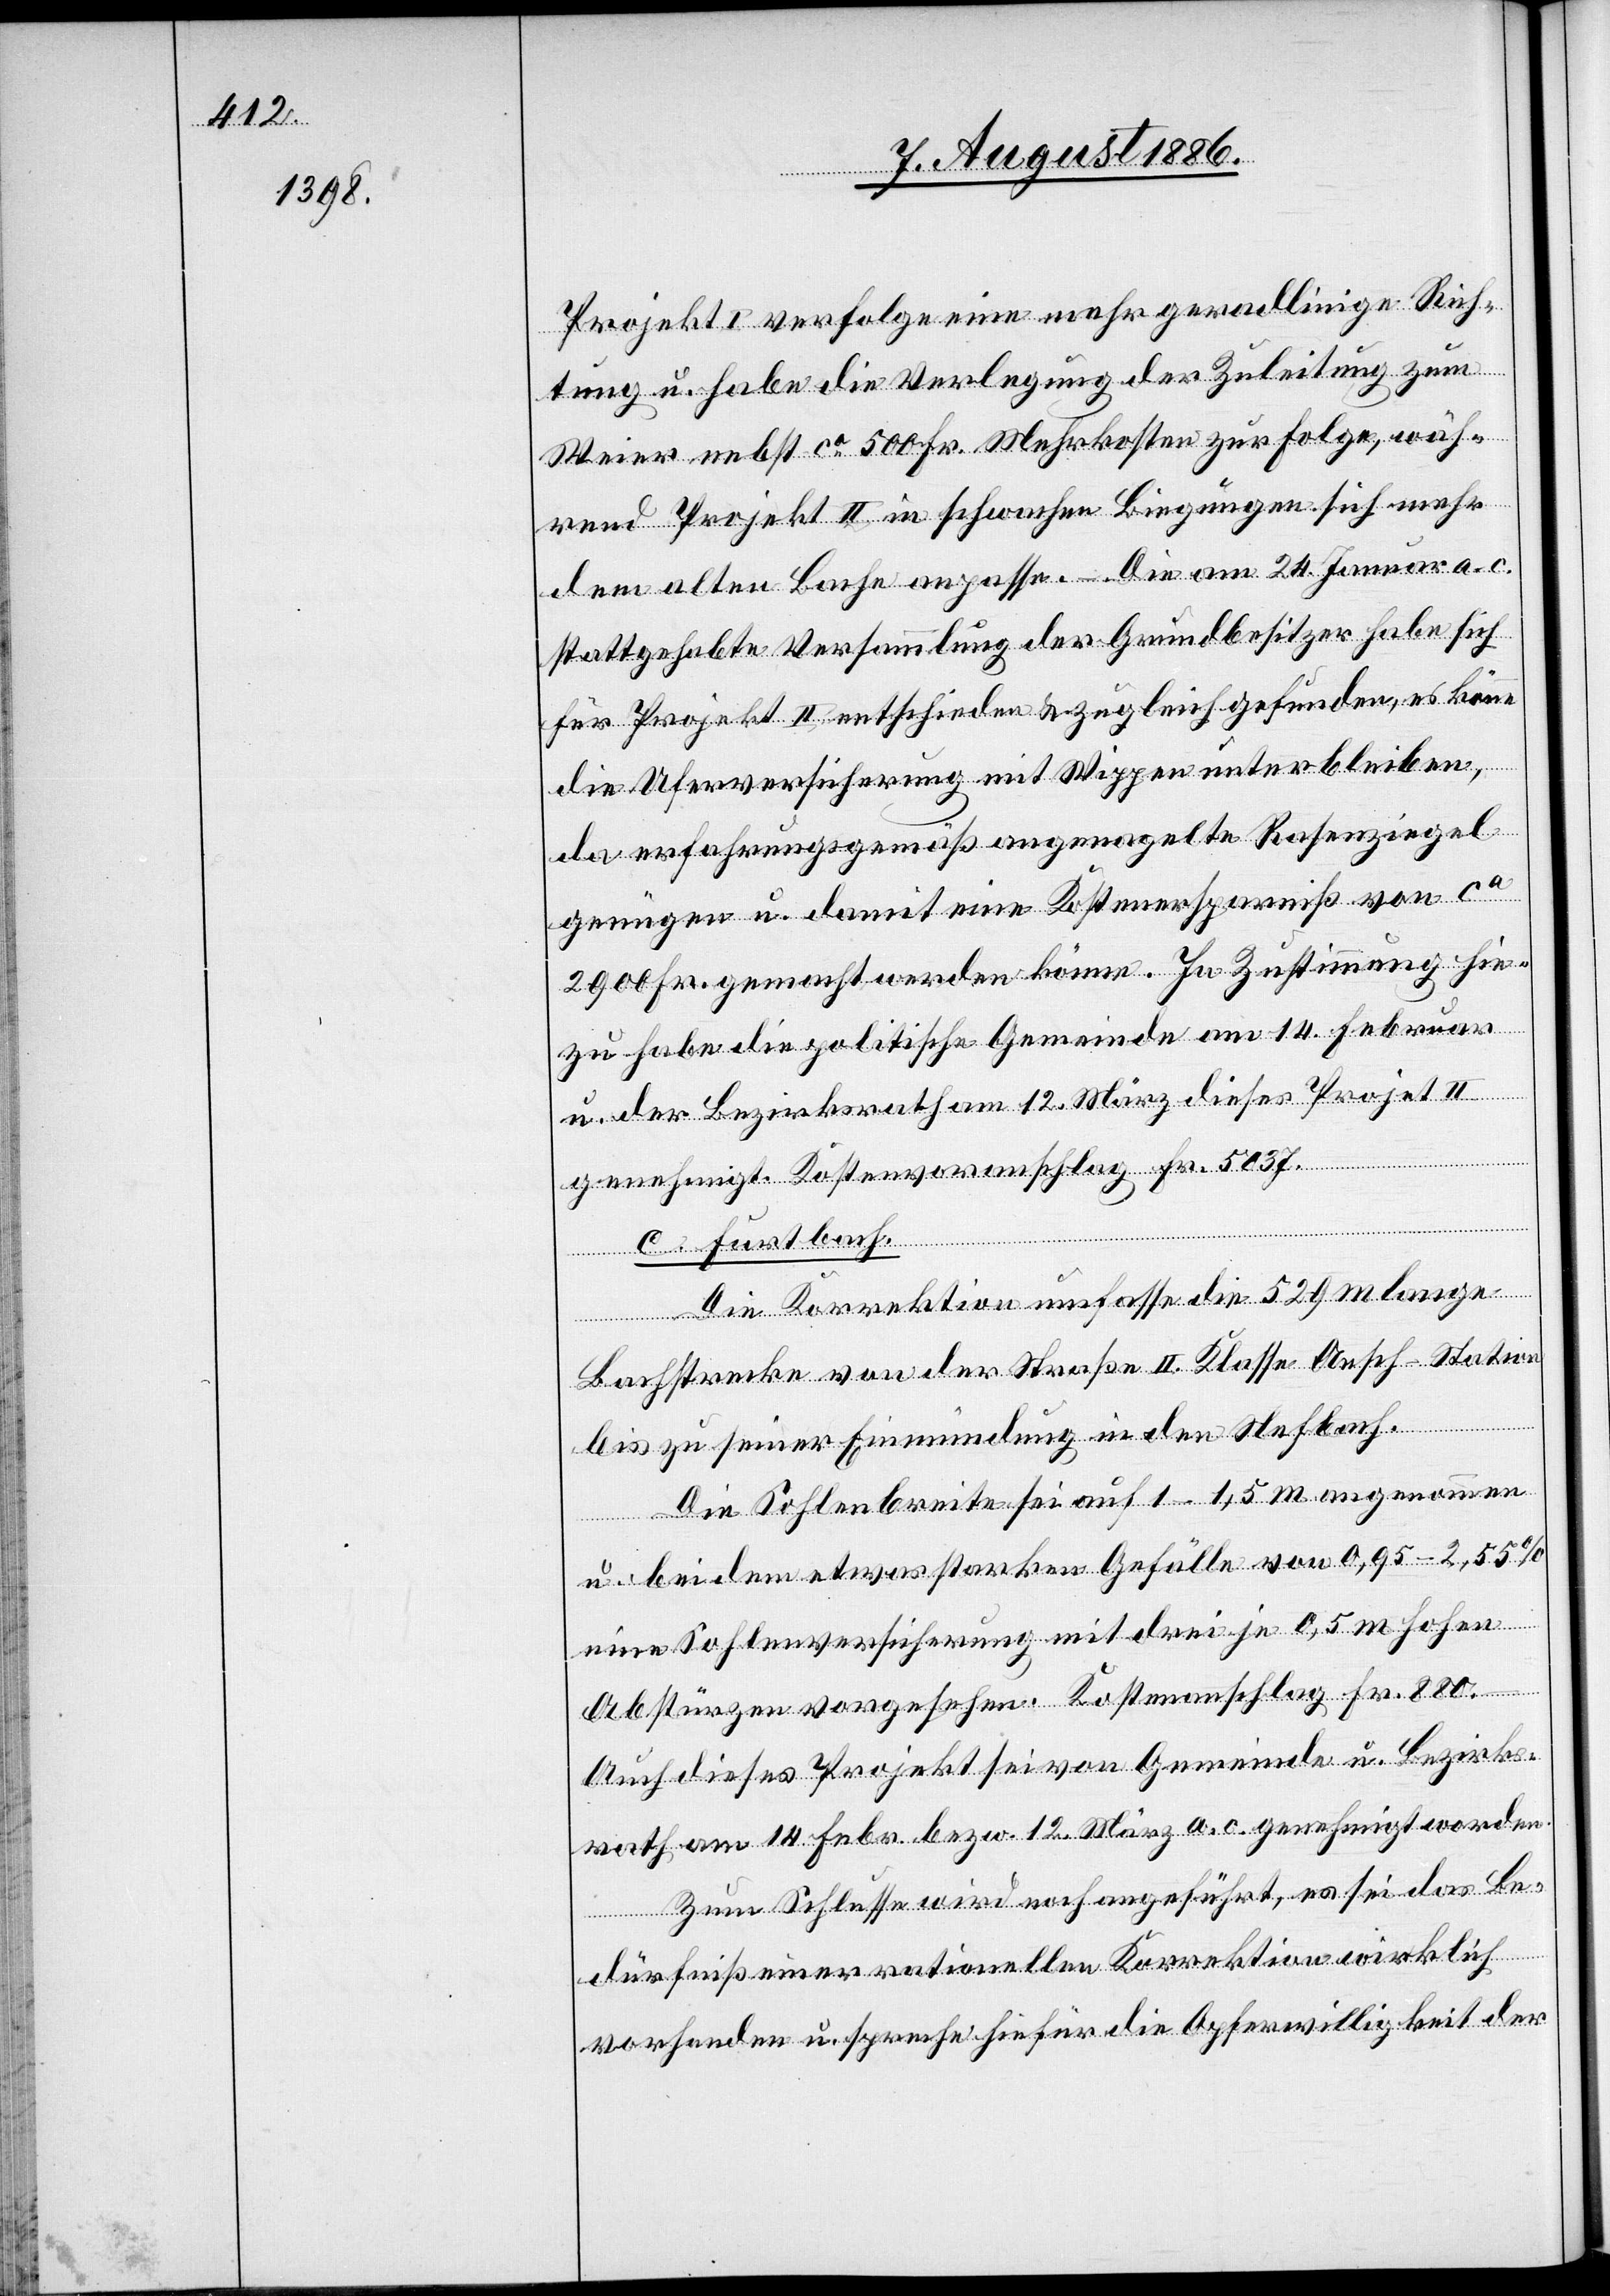
Projekt I verfolge eine mehr geradlinige Rich¬
tung u. habe die Verlegung der Zuleitung zum
Weier nebst ca 500 Fr. Mehrkosten zur Folge, wäh¬
rend Projekt II in schwachen Biegungen sich mehr
dem alten Bache anpasse. – Die am 24. Januar a. c.
stattgehabte Versammlung der Grundbesitzer habe sich
für Projekt II entschieden & zugleich erfunden, es könne
die Uferversicherung mit Wippen unterbleiben,
da erfahrungsgemäß angenagelte Rasenziegel
genügen u. damit eine Kostenersparniß von ca
2900 Fr. gemacht werden könne. In Zustimmung hie¬
zu habe die politische Gemeinde am 14. Februar
u. der Bezirksrath am 12. März dieses Projekt II
genehmigt. Kostenvoranschlag Fr. 5037.
c. Furtbach.
Die Korrektion umfasse die 529 m lange
Bachstrecke von der Straße II. Klasse Aesch–Station
bis zu seiner Einmündung in den Nefbach.
Die Sohlenbreite sei auf 1–1,5 m angenommen
u. bei dem etwas starken Gefälle von 0,95–2,55%
eine Sohlenversicherung mit drei je 0,5 m hohen
Abstürzen vorgesehen. Kostenanschlag Fr. 880.
Auch dieses Projekt sei von Gemeinde u. Bezirks¬
rath am 14. Febr. bezw. 12. März a. c. genehmigt worden.
Zum Schlusse wird noch angeführt, es sei das Be¬
dürfniß einer rationellen Korrektion wirklich
vorhanden u. spreche hiefür die Opferwilligkeit der